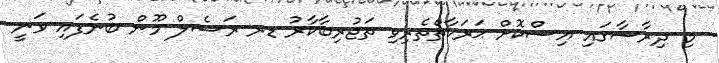
މި ދިރާސާގައި އިސްކޮށް ޙަރަކާތްތެރިވި ތަޖުރިބާކާރު ޑރ ރަޝެލް މޫން ބުނެފައި ވަނީ